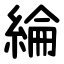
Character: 綸